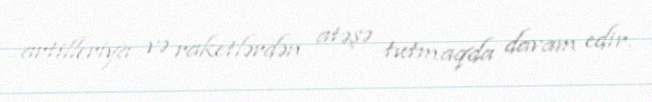
artilleriya və raketlərdən atəşə tutmaqda davam edir.